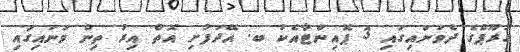
ގުރޫޕްގެ ދެވަނައިގައި 3 ޕޮއިންޓާއެކު ބ. އޭދަފުށި އޮތް އިރު ތިން ވަނައިގައި